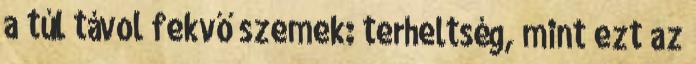
a túl távol fekvő szemek: terheltség, mint ezt az